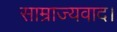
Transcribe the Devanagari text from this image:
साम्राज्यवाद।